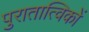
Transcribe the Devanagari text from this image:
पुरातात्विकों